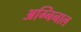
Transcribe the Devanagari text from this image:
अग्निनाल